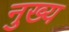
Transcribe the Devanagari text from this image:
नुख्य